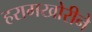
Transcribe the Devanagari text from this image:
हरामखोरीने